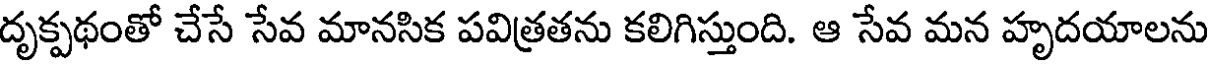
దృక్పథంతో చేసే సేవ మానసిక పవిత్రతను కలిగిస్తుంది. ఆ సేవ మన హృదయాలను